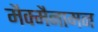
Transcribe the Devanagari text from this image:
मैक्मैनामन